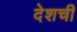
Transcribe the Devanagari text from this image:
देशची